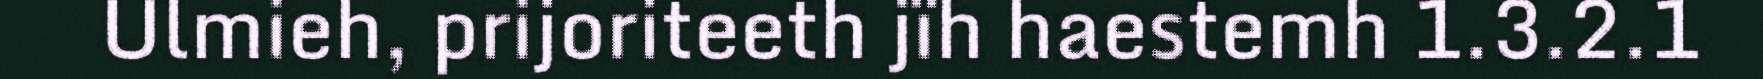
Ulmieh, prijoriteeth jïh haestemh 1.3.2.1